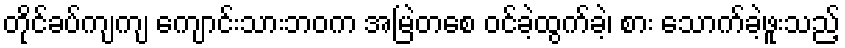
တိုင်ခပ်ကျကျ ကျောင်းသားဘဝက အမြဲတစေ ဝင်ခဲ့ထွက်ခဲ့၊ စား သောက်ခဲ့ဖူးသည့်